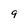
Character: 9